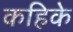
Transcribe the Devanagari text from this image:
कहिके